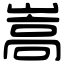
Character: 嵩